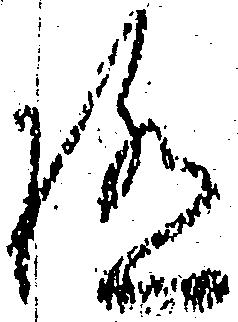
極